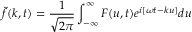
\tilde { f } ( k , t ) = \frac { 1 } { \sqrt { 2 \pi } } \int _ { - \infty } ^ { \infty } F ( u , t ) e ^ { i [ \omega t - k u ] } d u